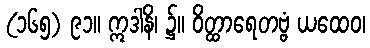
(၁၆၅) ၉၁။ ဣဒါနိ၊ ၌။ ဝိတ္ထာရေတဗ္ဗံ ယထေဝ၊